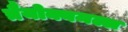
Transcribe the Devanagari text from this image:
त्रैयोक्यमल्ल